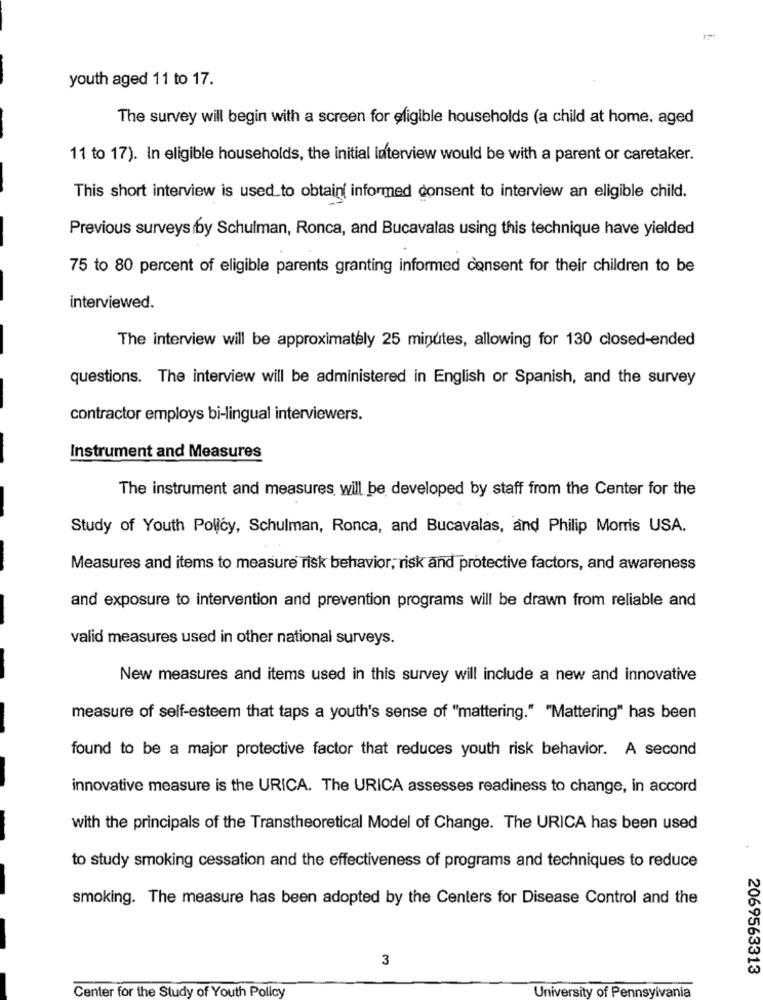
youth aged 11 to 17.
The survey will begin with a screen for eligible households (a child at home, aged
11 to 17). In eligible households, the initial interview would be with a parent or caretaker.
This short interview is used to obtain informed consent to interview an eligible child.
Previous surveys by Schulman, Ronca, and Bucavalas using this technique have yielded
75 to 80 percent of eligible parents granting informed consent for their children to be
interviewed.
The interview will be approximately 25 minutes, allowing for 130 closed-ended
questions. The interview will be administered in English or Spanish, and the survey
contractor employs bi-lingual interviewers.
Instrument and Measures
The instrument and measures will be developed by staff from the Center for the
Study of Youth Policy, Schulman, Ronca, and Bucavalas, and Philip Morris USA.
Measures and items to measure risk behavior, risk and protective factors, and awareness
and exposure to intervention and prevention programs will be drawn from reliable and
valid measures used in other national surveys.
New measures and items used in this survey will include a new and innovative
measure of self-esteem that taps a youth's sense of "mattering." "Mattering" has been
found to be a major protective factor that reduces youth risk behavior. A second
innovative measure is the URICA. The URICA assesses readiness to change, in accord
with the principals of the Transtheoretical Model of Change. The URICA has been used
to study smoking cessation and the effectiveness of programs and techniques to reduce
smoking. The measure has been adopted by the Centers for Disease Control and the
3
2069563313
University of Pennsylvania
Center for the Study of Youth Policy